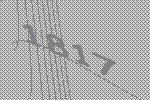
1817